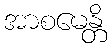
အာစမေန္တိ